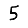
Digit: 5